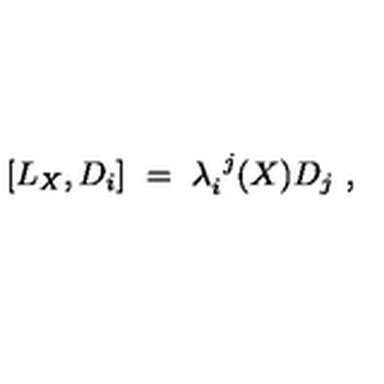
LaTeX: [ L _ { X } , D _ { i } ] \ = \ \lambda _ { i } ^ { \ j } ( X ) D _ { j } \ ,